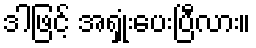
ဒါဖြင့် အရှုံးပေးပြီလား။